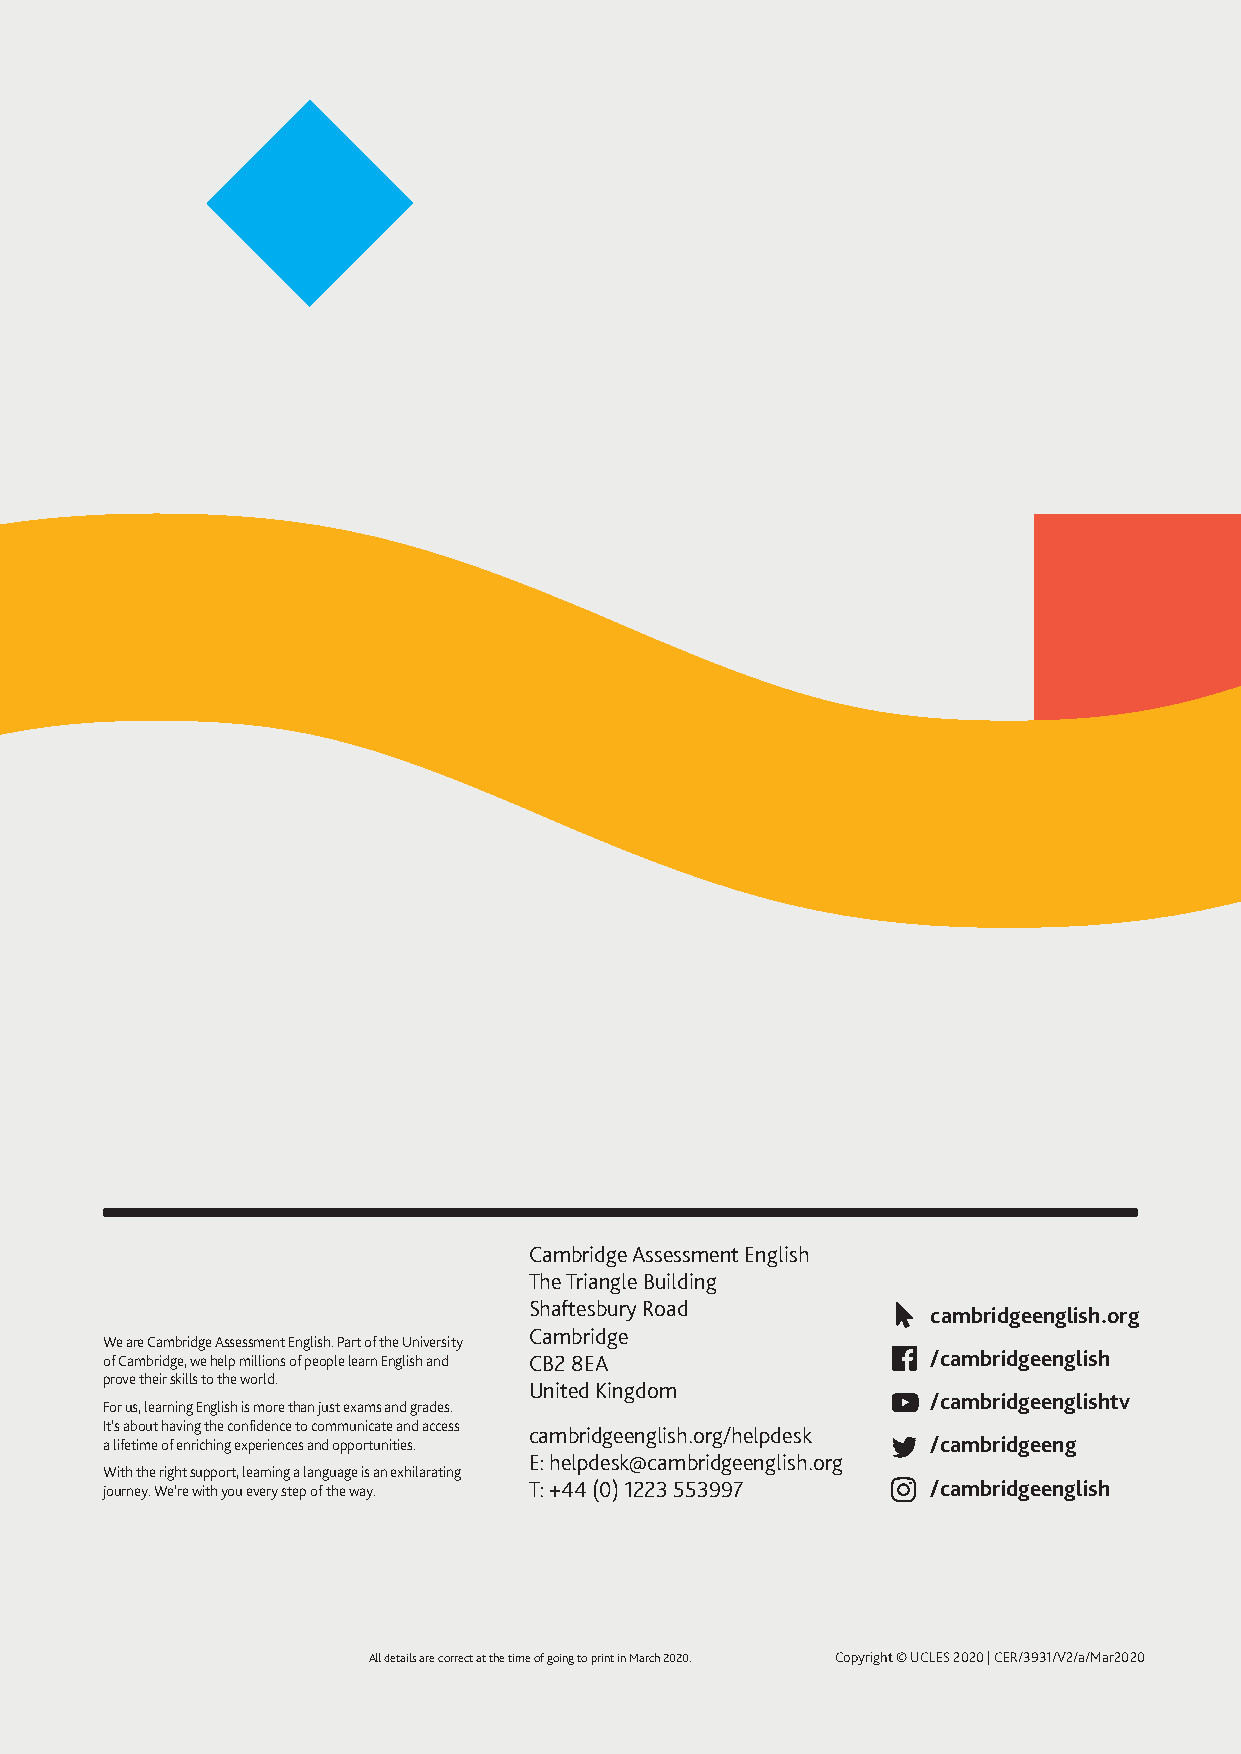
Cambridge Assessment English
 The Triangle Building
 Shaftesbury Road
 cambridgeenglish.org
 Cambridge
 We are Cambridge Assessment English. Part of the University
 of Cambridge, we help millions of people learn English and CB2 8EA /cambridgeenglish
 prove their skills to the world.
 United Kingdom
 /cambridgeenglishtv
 For us, learning English is more than just exams and grades.
 It’s about having the confidence to communicate and access
 cambridgeenglish.org/helpdesk
 a lifetime of enriching experiences and opportunities. /cambridgeeng
 E: helpdesk@cambridgeenglish.org
 With the right support, learning a language is an exhilarating
 journey. We’re with you every step of the way. T: +44 (0) 1223 553997 /cambridgeenglish
 All details are correct at the time of going to print in March 2020. Copyright © UCLES 2020 | CER/3931/V2/a/Mar2020